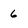
Character: 6